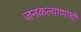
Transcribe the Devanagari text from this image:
जनकल्याणांची